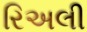
રિઅલી